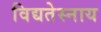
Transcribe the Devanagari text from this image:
विद्यतेस्नाय